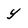
Character: Y